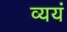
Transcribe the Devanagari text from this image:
व्ययं